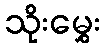
သိုးမွှေး